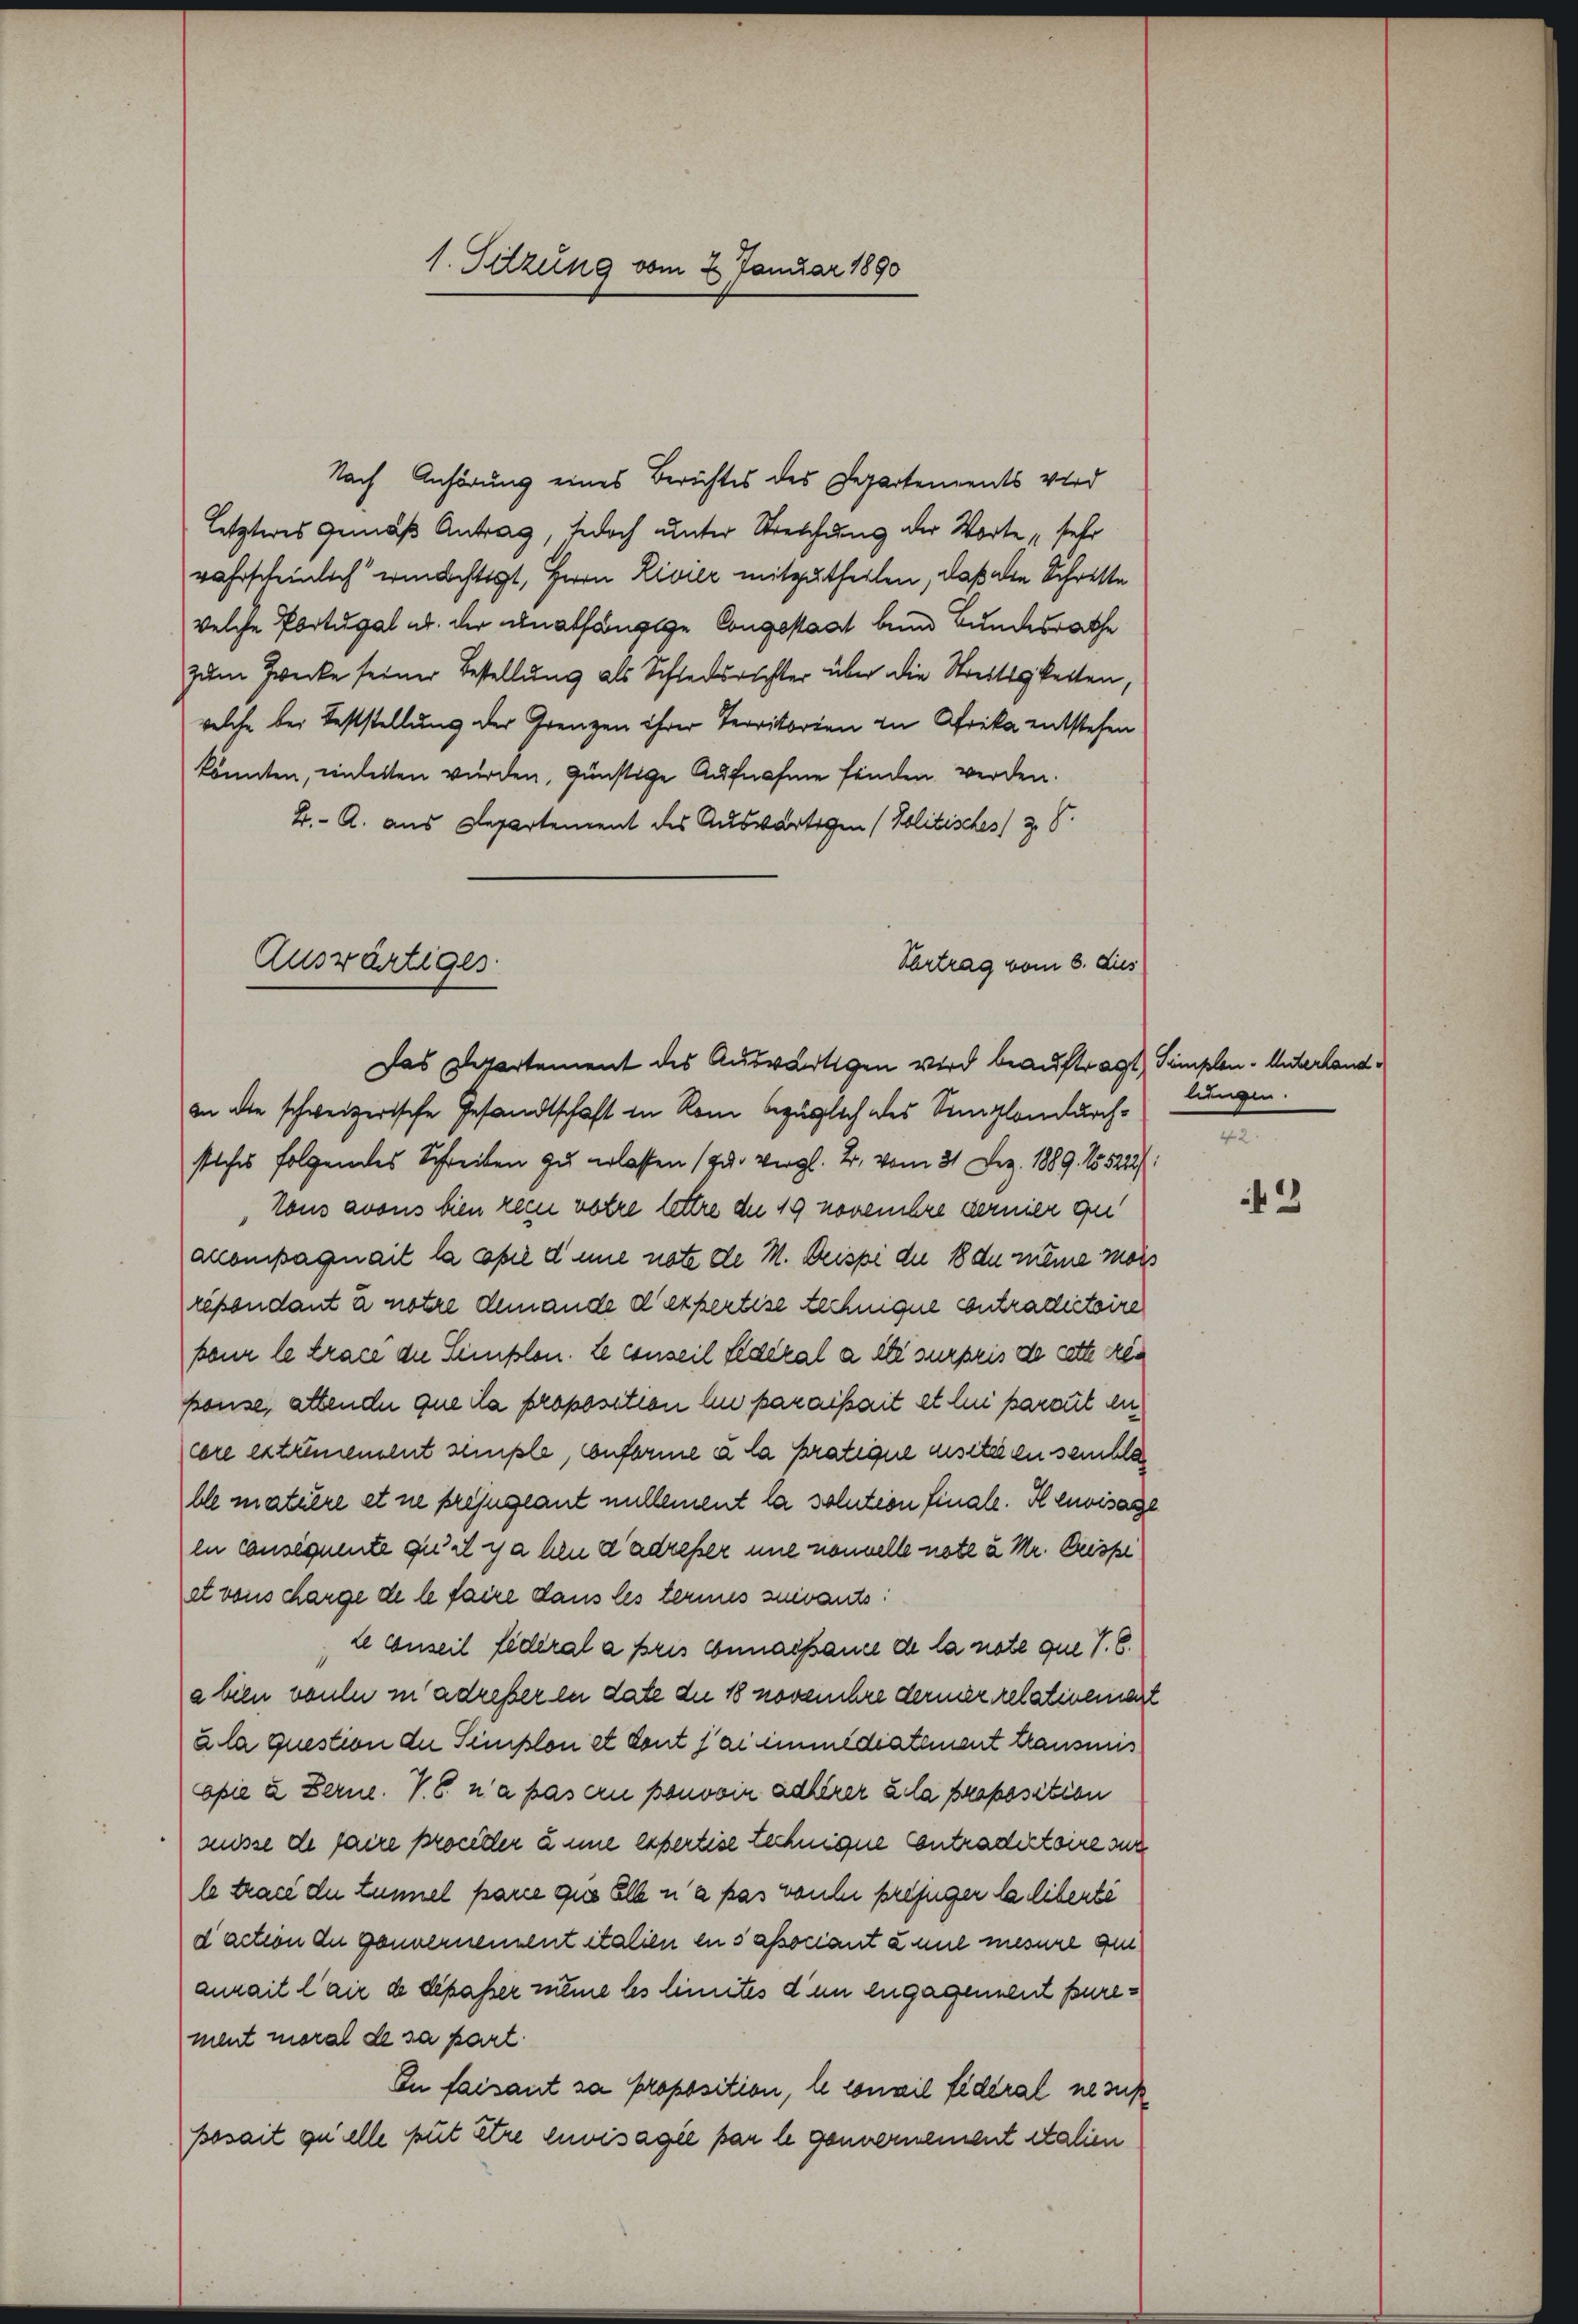
1. Sitzung vom 2. Januar 1890

Nach Anhörung eines Berichtes des Departements wird
letzteres Gemäß Antrag, jedoch unter Streichung der Worte sehr
wahrscheinlich ermächtigt, Herrn Rivier mitzutheilen, daß alle Schritte
welche Portugal ab. der unabhängige Congestaat bin Bundesrathe
zum Zwecke seiner Bestellung als Schiedsrichter über die Streitigkeiten,
welche bei Feststellung der Grenzen ihrer Territorien in Afrika entstehen
könnten, einletten wurden, günstige Aufnahme finden werden.
2. A. aus Departement des Auswärtigen (Politisches z. B.
Auswärtiges
Vertrag vom 8. dies

Das Departement des Auswärtigen wird beauftragt Simplen-Unterland¬

an die schweizerische Gesandtschaft in Rom bezüglich des Siglandurchstiches folgendes Schreiben zu erlassen (zur Vergl. B. vom 31. Dez. 1889. 155212/
Tous avous bien rein votre lettre die 19 novembre dernier que
akompagnait la copie dene note de M. Dreisse die 18 du meine mois
räpondant à notre demande d’expertise technique contradictoire
bour le trace die Simplon. Le conseil Federal alte surpris de cette rékonse, attende que la proposition in paraissait et le parat en
core extrümement simple, conforme à la pratique disiteren sembla
ble matière et ne prejugeant nullement la solution finale. Il envisage
en consequente qu’il y a hen d’adreser une nonnelle note u Mr. Crisse
et vons charge de le faire dans les termes suivants:
le conseil federal a pris connaissance de la note que P. C.
a bien voule in adreser in date die 18 noverehre derner relativeniert
à la question der Simplon et dont fai immédiatement transmis
opie u Berne. V. S. n’a pas ern pouvoin adlerer à la proposition
müsse de faire procetter à une expertise technigne Contradirtoire sur
le trace die Lunnel parie ques Elle n’a pas vonser prefiger la liberte
daction die gannernennent italien en sassociant à mit mesure ge
anait lair de dépasser meine les limites d’un engagendent purement moral de sa part.
In faisant sa proposition, le conseil fideral ne sus
Bosait quelle put être envisagie par le gennernement italien

lungen.
t

3